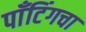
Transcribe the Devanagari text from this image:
पाँटिंगचा